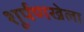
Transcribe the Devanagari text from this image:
शूर्पणखेला